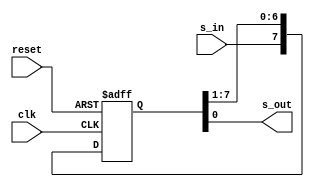
`timescale 1ns / 1ps
//////////////////////////////////////////////////////////////////////////////////
// Company: 
// Engineer: 
// 
// Design Name: 
// Module Name:    free_run_shift_reg 
// Project Name: 
// Target Devices: 
// Tool versions: 
// Description: 
//
// Dependencies: 
//
// Revision: 
// Revision 0.01 - File Created
// Additional Comments: 
//
//////////////////////////////////////////////////////////////////////////////////
module free_run_shift_reg
	#( parameter N=8 )
	(
	input wire clk, reset,
	input wire s_in,
	output wire s_out
    );

	reg [N-1:0] r_reg;
	wire [N-1:0] r_next;
	
	always @(posedge clk, posedge reset)
	begin
		if (reset)
			r_reg <= 0;
		else
			 r_reg <= r_next;
	end
	
	assign r_next = {s_in, r_reg[N-1:1]};
	assign s_out = r_reg[0];

endmodule